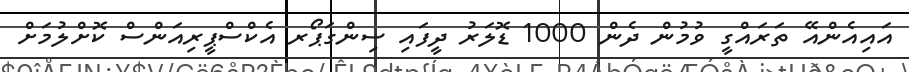
އައިއެންއޭ ތަރައްގީ ވުމުން ދެން 1000 ޑޮލަރު ދީފައި ސިންގަޕޯރ އެކްސްޕީރިއަންސް ކޮށްލުމަށް